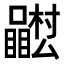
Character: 𭌴